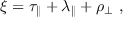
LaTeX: \xi = \tau _ { \parallel } + \lambda _ { \parallel } + \rho _ { \perp } ~ ,